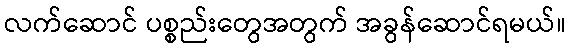
လက်ဆောင် ပစ္စည်းတွေအတွက် အခွန်ဆောင်ရမယ်။